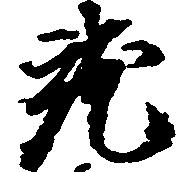
就